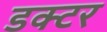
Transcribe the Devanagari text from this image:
डक्टर